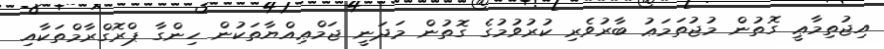
އިޖުތިމާޢީ ގޮތުން މުޖުތަމަޢު ބާރުވެރި ކުރުވުމުގެ ގޮތުން މަދަނީ ޖަމްޢިއްޔާތަކުން ހިންގާ ޕްރޮގްރާމްތަކާއި